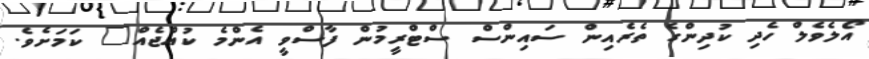
އޯލެވެލް ހެދި ކުދިންގެ ތެރެއިން ސައިންސް ސްޓްރީމުން ފާސްވީ އެންމެ ކުއްޖެއް" ކަމަށެވެ.